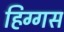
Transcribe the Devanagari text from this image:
हिग्गस